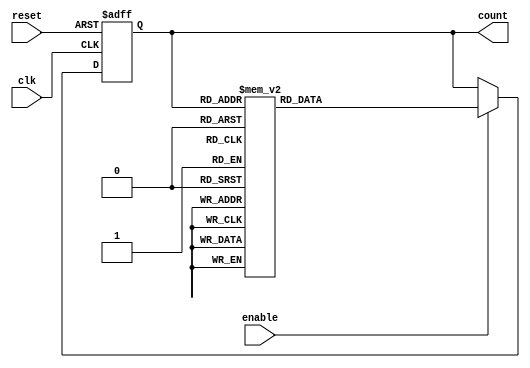
module up_counter_moore (
    input wire clk,        // Clock signal
    input wire reset,      // Asynchronous reset signal
    input wire enable,     // Enable signal
    output reg [2:0] count // 3-bit output for the counter
);

// State encoding
localparam [2:0] S0 = 3'b000;
localparam [2:0] S1 = 3'b001;
localparam [2:0] S2 = 3'b010;
localparam [2:0] S3 = 3'b011;
localparam [2:0] S4 = 3'b100;
localparam [2:0] S5 = 3'b101;
localparam [2:0] S6 = 3'b110;
localparam [2:0] S7 = 3'b111;

// State transition logic
always @(posedge clk or posedge reset) begin
    if (reset) begin
        count <= S0; // Reset to state S0 (000)
    end else if (enable) begin
        case (count)
            S0: count <= S1;
            S1: count <= S2;
            S2: count <= S3;
            S3: count <= S4;
            S4: count <= S5;
            S5: count <= S6;
            S6: count <= S7;
            S7: count <= S0; // Wrap around to S0
            default: count <= S0; // Default case for safety
        endcase
    end
end

endmodule